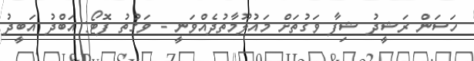
ހަސަން ރަޝީދު ޝިފާ ވަގުތަށް މައުލޫމާތުދެއްވަނީ - ވަގުތު ފޮޓޯ: އަބްދު އަބީދު